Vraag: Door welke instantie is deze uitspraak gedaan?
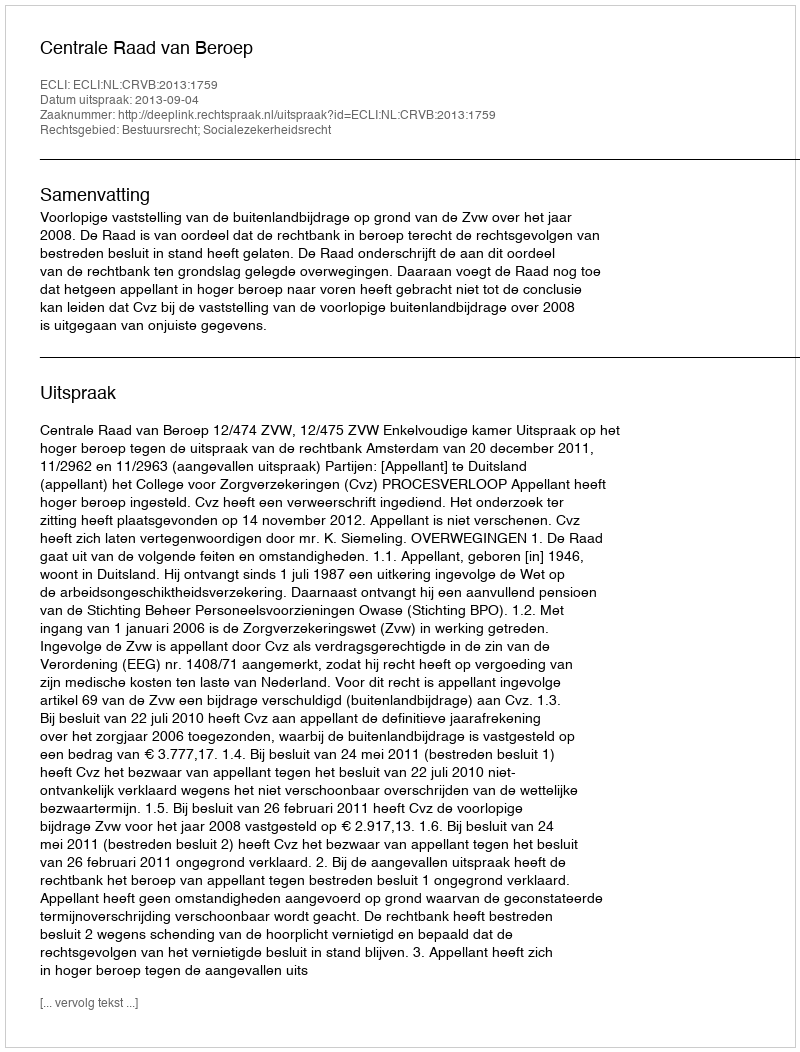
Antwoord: Centrale Raad van Beroep